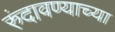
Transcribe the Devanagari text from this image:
रुंदावण्याच्या